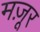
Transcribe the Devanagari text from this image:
मज़ूर